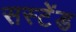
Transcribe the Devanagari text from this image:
सस्टेंड